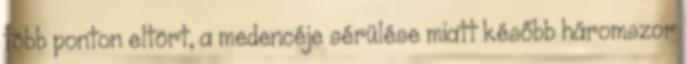
több ponton eltört, a medencéje sérülése miatt később háromszor